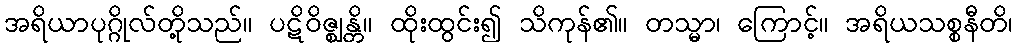
အရိယာပုဂ္ဂိုလ်တို့သည်။ ပဋိဝိဇ္ဈန္တိ။ ထိုးထွင်း၍ သိကုန်၏။ တသ္မာ၊ ကြောင့်။ အရိယသစ္စနီတိ၊